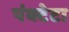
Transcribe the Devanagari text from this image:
पंक्टेटा